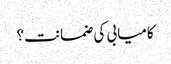
کامیابی کی ضمانت؟